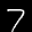
Label: 7